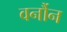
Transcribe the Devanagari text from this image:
वर्नौन